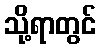
သို့ရာတွင်